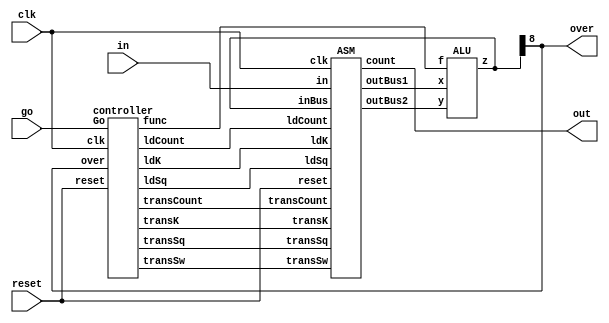
`timescale 1ns / 1ps

module sqrt2(in,reset,go,clk,over,out);
    output [3:0] out;
    output over;
    input clk,go,reset;
    input[7:0] in;
    wire transSw,transCount,transSq,transK;
    wire ldCount,ldSq,ldK;
    wire[8:0] inBus;
    wire[8:0] outBus1;
    wire[8:0] outBus2;
    wire[2:0] func;
    assign over = inBus[8];
    ASM m1(clk,in,reset,ldSq,ldK,ldCount,transSw,transSq,transK,transCount,inBus,outBus1,outBus2,out);
    ALU m2(outBus1,outBus2,func,inBus);
controller m3(ldSq,ldK,ldCount,transSw,transSq,transK,transCount,func,go,clk,reset,inBus[8]);
endmodule

module testBench;
    reg clock,rst;
    reg[7:0] SW;
    reg go;
    wire over;
    wire[3:0] out; 
    initial
    begin
        $dumpfile ("shifter.vcd");
        $dumpvars;

        rst = 0;
        go = 0;
        clock = 0;
        #10 rst = 1;
        #10 rst = 0;
        #10 SW = 8'b01000000;
        #10 go = 1;
    end
    always
    begin
        #5 clock = ~clock;
    end
sqrt2 M1(SW,rst,go,clock,over,out);
endmodule


module ASM(
         clk,in,reset,
         ldSq,ldK,ldCount,
         transSw,transSq,transK,transCount,
         inBus,outBus1,outBus2,
         count
    );

    input[7:0] in;
    input[8:0] inBus;
    input reset,clk;
    input ldSq,ldK,ldCount;
    input transSw,transSq,transK,transCount;
    output reg[8:0] outBus1;
    output reg[8:0] outBus2;
    output reg[3:0] count;

    reg[8:0] sq;
    reg[8:0] k;


    always @(negedge clk) begin
    if(reset == 1)
        sq <= 9'b0;          
    else if(ldSq == 1)
        sq <= inBus; 
    end
    always @(negedge clk) begin 
    if(reset == 1)
        k <= 9'b0;
    else if(ldK == 1)
    k <= inBus;
    end
    always @(negedge clk) begin
    if(reset == 1)
         count <= 4'b0;
    else if(ldCount == 1)
    count <= inBus[3:0];
    end

    always @(posedge clk) begin
        if(reset == 1) begin
            outBus1 <= 9'b0;
            outBus2 <= 9'b0;
        end
        else if (transSq == 1) 
            outBus1 <= sq;
        else if(transSw == 1)
            outBus1 <= {1'b0,in};
        else if( transCount == 1)
            outBus1 <= {5'b0,count};
        else 
            outBus1 <= sq;
        if(transK == 1)
            outBus2 <= k;
    end
endmodule

module ALU(x,y,f,z);

    input[8:0] x;
    input[8:0] y;
    input[2:0] f;
    output[8:0] z;
    
    wire[8:0] add1;
    wire[8:0] add2;
    wire[8:0] sub;

    assign add1 = x + 9'b000000001;
    assign sub = x - y;
    assign add2 = y + 9'b000000010;  

    assign z[0] = ((~f[2])&(~f[1])&(~f[0])&x[0]) + ((~f[2])&(~f[1])&(f[0])&0) + ((~f[2])&(f[1])&(~f[0])&1) + ((~f[2])&(f[1])&(f[0])&(add1[0])) + ((f[2])&(~f[1])&(~f[0])&(sub[0])) + ((f[2])&(~f[1])&(f[0])&(add2[0]));
    assign z[1] = ((~f[2])&(~f[1])&(~f[0])&x[1]) + ((~f[2])&(~f[1])&(f[0])&0) + ((~f[2])&(f[1])&(~f[0])&0) + ((~f[2])&(f[1])&(f[0])&(add1[1])) + ((f[2])&(~f[1])&(~f[0])&(sub[1])) + ((f[2])&(~f[1])&(f[0])&(add2[1]));
    assign z[2] = ((~f[2])&(~f[1])&(~f[0])&x[2]) + ((~f[2])&(~f[1])&(f[0])&0) + ((~f[2])&(f[1])&(~f[0])&0) + ((~f[2])&(f[1])&(f[0])&(add1[2])) + ((f[2])&(~f[1])&(~f[0])&(sub[2])) + ((f[2])&(~f[1])&(f[0])&(add2[2]));
    assign z[3] = ((~f[2])&(~f[1])&(~f[0])&x[3]) + ((~f[2])&(~f[1])&(f[0])&0) + ((~f[2])&(f[1])&(~f[0])&0) + ((~f[2])&(f[1])&(f[0])&(add1[3])) + ((f[2])&(~f[1])&(~f[0])&(sub[3])) + ((f[2])&(~f[1])&(f[0])&(add2[3]));
    assign z[4] = ((~f[2])&(~f[1])&(~f[0])&x[4]) + ((~f[2])&(~f[1])&(f[0])&0) + ((~f[2])&(f[1])&(~f[0])&0) + ((~f[2])&(f[1])&(f[0])&(add1[4])) + ((f[2])&(~f[1])&(~f[0])&(sub[4])) + ((f[2])&(~f[1])&(f[0])&(add2[4]));
    assign z[5] = ((~f[2])&(~f[1])&(~f[0])&x[5]) + ((~f[2])&(~f[1])&(f[0])&0) + ((~f[2])&(f[1])&(~f[0])&0) + ((~f[2])&(f[1])&(f[0])&(add1[5])) + ((f[2])&(~f[1])&(~f[0])&(sub[5])) + ((f[2])&(~f[1])&(f[0])&(add2[5]));
    assign z[6] = ((~f[2])&(~f[1])&(~f[0])&x[6]) + ((~f[2])&(~f[1])&(f[0])&0) + ((~f[2])&(f[1])&(~f[0])&0) + ((~f[2])&(f[1])&(f[0])&(add1[6])) + ((f[2])&(~f[1])&(~f[0])&(sub[6])) + ((f[2])&(~f[1])&(f[0])&(add2[6]));
    assign z[7] = ((~f[2])&(~f[1])&(~f[0])&x[7]) + ((~f[2])&(~f[1])&(f[0])&0) + ((~f[2])&(f[1])&(~f[0])&0) + ((~f[2])&(f[1])&(f[0])&(add1[7])) + ((f[2])&(~f[1])&(~f[0])&(sub[7])) + ((f[2])&(~f[1])&(f[0])&(add2[7]));
    assign z[8] = ((~f[2])&(~f[1])&(~f[0])&x[8]) + ((~f[2])&(~f[1])&(f[0])&0) + ((~f[2])&(f[1])&(~f[0])&0) + ((~f[2])&(f[1])&(f[0])&(add1[8])) + ((f[2])&(~f[1])&(~f[0])&(sub[8])) + ((f[2])&(~f[1])&(f[0])&(add2[8]));

endmodule   

module controller(
             ldSq,ldK,ldCount,
             transSw,transSq,transK,transCount,
             func,Go,clk,reset,over
             );

    input Go,clk,over,reset;
    output[2:0] func;
    output reg ldSq,ldK,ldCount;
    output reg transSq,transSw,transCount,transK;

    wire[6:0] NS;
    reg[6:0] PS;
        
    always @(posedge clk)begin 
        if(reset == 1)
            PS = 7'b0000001;
        else 
            PS = NS;
    end

    always @(negedge clk) begin
        if(NS[0])
            transSw = 1;
        else 
            transSw = 0;
    end

    always @(negedge clk) begin
        if(NS[3])
            transSq = 1;
        else 
            transSq = 0;
    end

    always @(negedge clk) begin
        if(NS[3] || NS[5])
            transK = 1;
        else 
            transK = 0;
    end

    always @(negedge clk) begin           
        if(NS[4])
            transCount = 1;
        else 
            transCount = 0;
    end

    always @(posedge clk) begin
        if(NS[0] || NS[3])
            ldSq <= 1;
        else
            ldSq <= 0;
    end

    always @(posedge clk) begin
        if( NS[1] || NS[5])
            ldK = 1;
        else    
            ldK = 0;
    end

    always @(posedge clk) begin
        if(NS[2] || NS[4])
            ldCount = 1;
        else 
            ldCount = 0;
    end

    assign NS[0] = PS[0]&(~Go);
    assign NS[1] = PS[0]&Go;
    assign NS[2] = PS[1];
    assign NS[3] = PS[2] | PS[5];
    assign NS[4] = PS[3]&(~over);
    assign NS[5] = PS[4];
    assign NS[6] = PS[3]&over;
    
    assign func[0] = PS[2] | PS[4] | PS[5];
    assign func[1] = PS[1] | PS[4];
    assign func[2] = PS[3] | PS[5] | PS[6];
    
endmodule